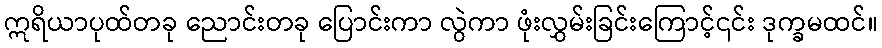
ဣရိယာပုထ်တခု ညောင်းတခု ပြောင်းကာ လွဲကာ ဖုံးလွှမ်းခြင်းကြောင့်၎င်း ဒုက္ခမထင်။